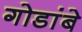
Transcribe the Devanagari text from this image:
गोडांबे